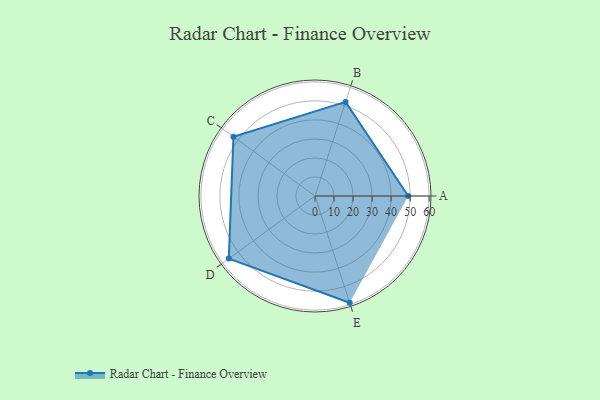
{"axis": {"x": "Skill", "y": "Score"}, "legend": ["Profile"], "data": [{"x": "A", "y": 49.0, "type": "Profile"}, {"x": "B", "y": 52.0, "type": "Profile"}, {"x": "C", "y": 53.0, "type": "Profile"}, {"x": "D", "y": 56.0, "type": "Profile"}, {"x": "E", "y": 59.0, "type": "Profile"}]}